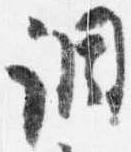
調